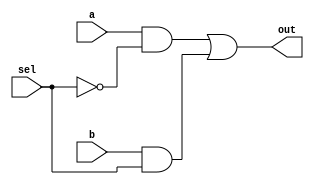
module multiplexer3(a, b, sel, out);
	input a, b, sel;
	output out;
	wire out1, out2, nsel;
	
	and g1(out1, a, nsel), g2(out2, b, sel);
	or  g3(out, out1, out2);
	not g4(nsel, sel);
	
endmodule